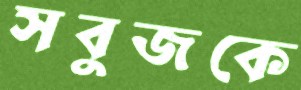
সবুজকে